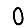
Digit: 0